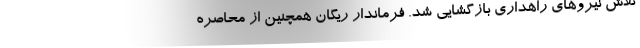
تلاش نیروهای راهداری بازگشایی شد. فرماندار ریگان همچنین از محاصره